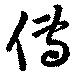
伝